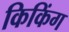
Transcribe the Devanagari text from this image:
किकिंग